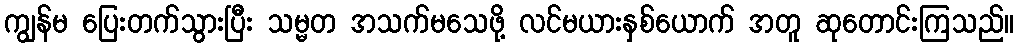
ကျွန်မ ပြေးတက်သွားပြီး သမ္မတ အသက်မသေဖို့ လင်မယားနှစ်ယောက် အတူ ဆုတောင်းကြသည်။